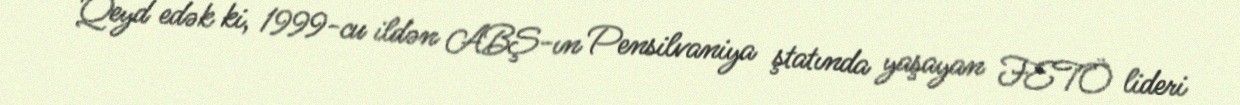
Qeyd edək ki, 1999-cu ildən ABŞ-ın Pensilvaniya ştatında yaşayan FETÖ lideri